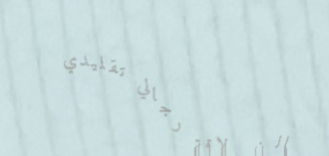
صالون حلاقة رجالي تقليدي